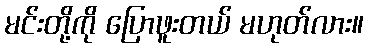
မင်းတို့ကို ပြောဖူးတယ် မဟုတ်လား။